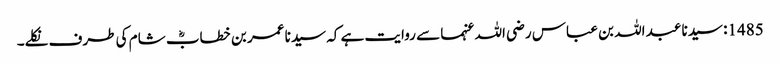
1485: سیدنا عبد اللہ بن عباس رضی اللہ عنہما سے روایت ہے کہ سیدنا عمر بن خطابؓ شام کی طرف نکلے۔